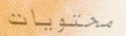
محتويات